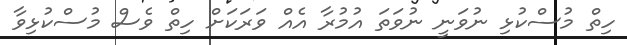
ހިތް މުސްކުޅި ނުވަނީ ނުވަތަ އުމުރާ އެއްް ވަރަކަށް ހިތް ވެސް މުސްކުޅިވާ